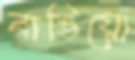
রাঙিয়ো